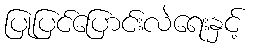
ပြုပြင်ပြောင်းလဲရေးနှင့်